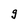
Character: g